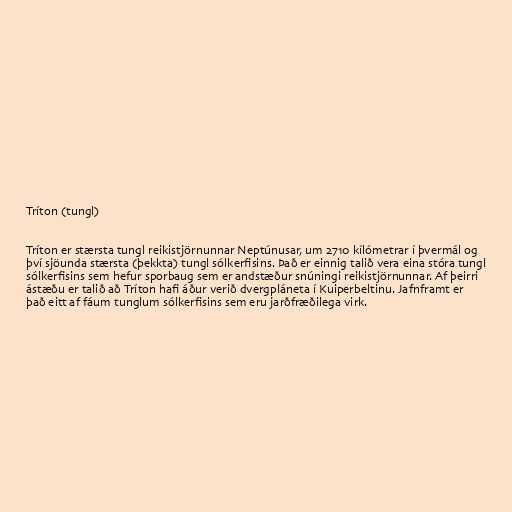
Tríton (tungl)

Tríton er stærsta tungl reikistjörnunnar Neptúnusar, um 2710 kílómetrar í þvermál og
því sjöunda stærsta (þekkta) tungl sólkerfisins. Það er einnig talið vera eina stóra tungl
sólkerfisins sem hefur sporbaug sem er andstæður snúningi reikistjörnunnar. Af þeirri
ástæðu er talið að Tríton hafi áður verið dvergpláneta í Kuiperbeltinu. Jafnframt er
það eitt af fáum tunglum sólkerfisins sem eru jarðfræðilega virk.